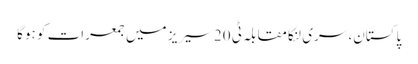
پاکستان، سری لنکا مقابلہ ٹی 20 سیریز میں جمعرات کو ہوگا